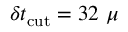
\delta t _ { \mathrm { c u t } } = 3 2 \ \mu